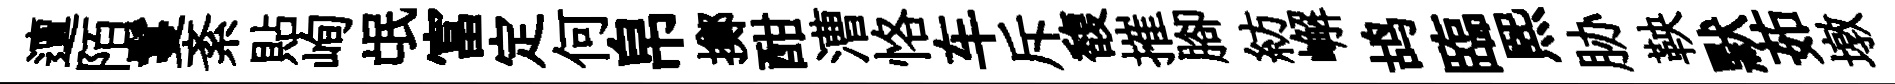
邅陌鬘紊貼峋氓富定何帛擲酣漕恪车斥馥摧腳紡嶰鸪臨煕胁鞅默茹墩